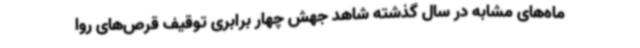
ماه‌های مشابه در سال گذشته شاهد جهش چهار برابری توقیف قرص‌های روا